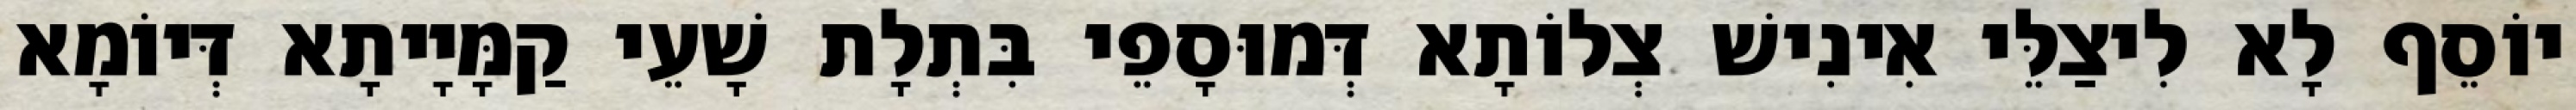
יוֹסֵף לָא לִיצַלֵּי אִינִישׁ צְלוֹתָא דְּמוּסָפֵי בִּתְלָת שָׁעֵי קַמָּיָיתָא דְּיוֹמָא